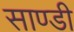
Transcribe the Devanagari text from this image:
साण्‍डी